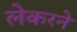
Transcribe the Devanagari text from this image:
लेकरने